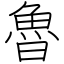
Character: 魯